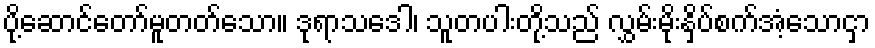
ပို့ဆောင်တော်မူတတ်သော။ ဒုရာသဒေါ၊ သူတပါးတို့သည် လွှမ်းမိုးနှိပ်စက်အံ့သောငှာ